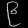
Digit: ၉